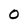
Character: 0